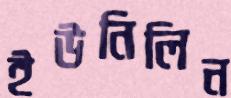
ইউনিলিন